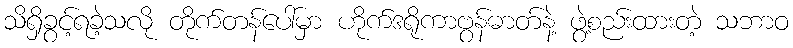
သိရှိခွင့်ရခဲ့သလို တိုက်တန်ပေါ်မှာ ဟိုက်ဒရိုကာဗွန်ဓာတ်နဲ့ ဖွဲ့စည်းထားတဲ့ သဘာဝ